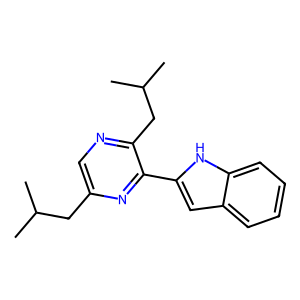
SMILES: CC(C)Cc1cnc(CC(C)C)c(-c2cc3ccccc3[nH]2)n1
Inhibits HIV replication: No